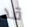
قد